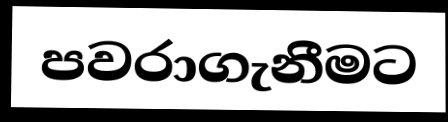
පවරාගැනීමට